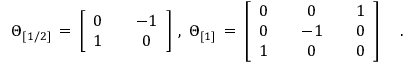
\Theta _ { [ 1 / 2 ] } \, = \, \left[ \begin{array} { c c c } { { 0 } } & { { { } } } & { { - 1 } } \\ { { 1 } } & { { { } } } & { { 0 } } \end{array} \right] \, , \, \, \Theta _ { [ 1 ] } \, = \, \left[ \begin{array} { c c c c c } { { 0 } } & { { { } } } & { { 0 } } & { { { } } } & { { 1 } } \\ { { 0 } } & { { { } } } & { { - 1 } } & { { { } } } & { { 0 } } \\ { { 1 } } & { { { } } } & { { 0 } } & { { { } } } & { { 0 } } \end{array} \right] \quad .